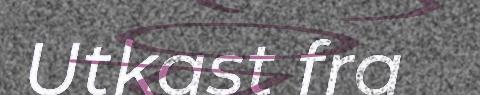
Utkast fra